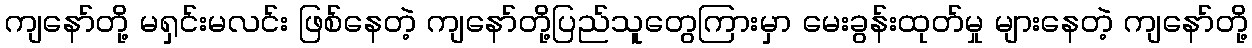
ကျနော်တို့ မရှင်းမလင်း ဖြစ်နေတဲ့ ကျနော်တို့ပြည်သူတွေကြားမှာ မေးခွန်းထုတ်မှု များနေတဲ့ ကျနော်တို့